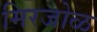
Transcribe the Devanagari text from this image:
मिरजोळ